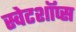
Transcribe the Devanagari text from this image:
स्वेटशॉप्स